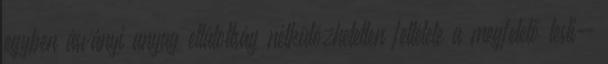
egyben ásványi anyag ellátottság nélkülözhetetlen feltétele a megfelelő testi-